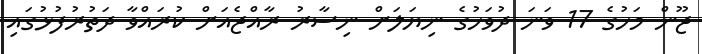
ޖޫން މަހުގެ 17 ވަނަ ދުވަހުގެ ނިޔަލަށް ނިސާރު ރާއްޖެއަށް ކުރައްވާ ދަތުރުފުޅުގައި